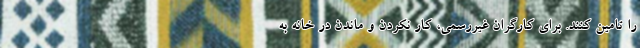
را تامین کنند. برای کارگران غیررسمی، کار نکردن و ماندن در خانه به